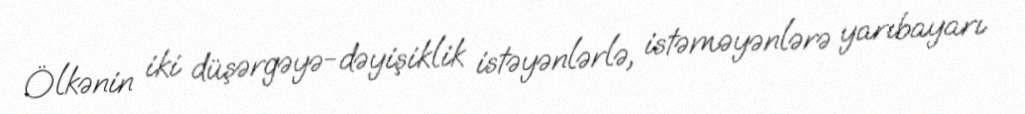
Ölkənin iki düşərgəyə-dəyişiklik istəyənlərlə, istəməyənlərə yarıbayarı